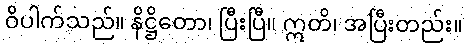
ဝိပါက်သည်။ နိဋ္ဌိတော၊ ပြီးပြီ။ ဣတိ၊ အပြီးတည်း။